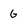
Character: g